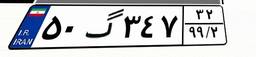
۵۰گ۳۴۷۳۲